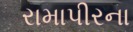
રામાપીરના